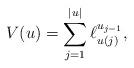
LaTeX: \begin{align*} V(u) = \sum_{j=1}^{|u|} \ell^{u_{j-1}}_{u(j)},\end{align*}